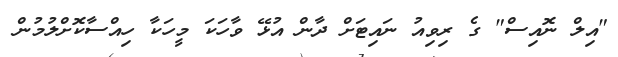
"އިލް ނޮއިސް" ގެ ރިވިއު ނައިޓަށް ދާން އުޅޭ ވާހަކަ މީހަކާ ހިއްސާކޮށްލުމުން